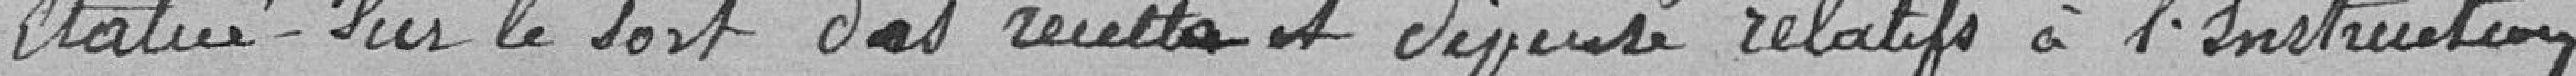
statué sur le sort des recettes et dépenses relatifs à l'instruction